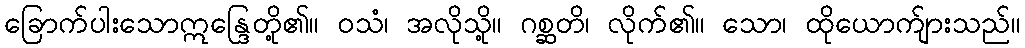
ခြောက်ပါးသောဣန္ဒြေတို့၏။ ဝသံ၊ အလိုသို့။ ဂစ္ဆတိ၊ လိုက်၏။ သော၊ ထိုယောက်ျားသည်။